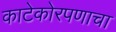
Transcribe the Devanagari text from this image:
काटेकोरपणाचा